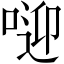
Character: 𠶐